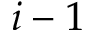
i - 1